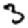
Digit: 3